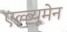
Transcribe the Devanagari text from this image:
एल्ब्यूमेन